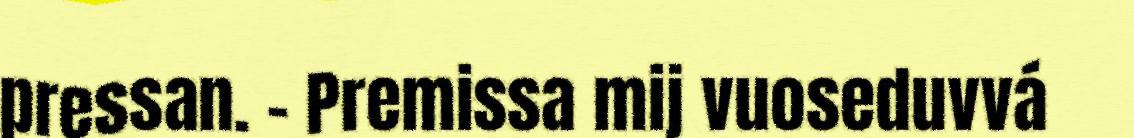
pressan. – Premissa mij vuoseduvvá